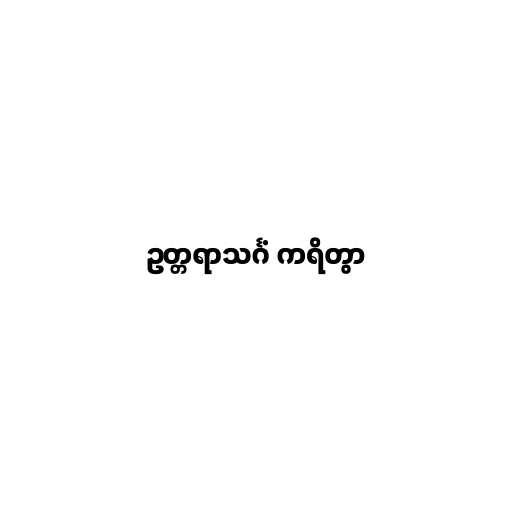
ဥတ္တရာသင်္ဂံ ကရိတွာ